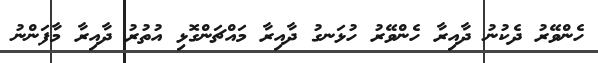
ހެންވޭރު ދެކުނު ދާއިރާ ހެންވޭރު ހުޅަނގު ދާއިރާ މައްޗަންގޮޅި އުތުރު ދާއިރާ މާފަންނު